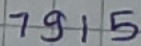
Text: 7915